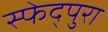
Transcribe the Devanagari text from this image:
स्फेद्पुरा